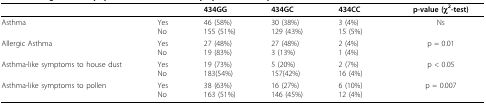
<table><thead><tr><td></td><td></td><td><b>434GG</b></td><td><b>434GC</b></td><td><b>434CC</b></td><td><b>p-value (χ<sup>2</sup>-test)</b></td></tr></thead><tbody><tr><td>Asthma</td><td>YesNo</td><td>46 (58%)155 (51%)</td><td>30 (38%)129 (43%)</td><td>3 (4%)15 (5%)</td><td>Ns</td></tr><tr><td>Allergic Asthma</td><td>YesNo</td><td>27 (48%)19 (83%)</td><td>27 (48%)3 (13%)</td><td>2 (4%)1 (4%)</td><td>p = 0.01</td></tr><tr><td>Asthma-like symptoms to house dust</td><td>YesNo</td><td>19 (73%)183(54%)</td><td>5 (20%)157(42%)</td><td>2 (7%)16 (4%)</td><td>p &lt; 0.05</td></tr><tr><td>Asthma-like symptoms to pollen</td><td>YesNo</td><td>38 (63%)163 (51%)</td><td>16 (27%)146 (45%)</td><td>6 (10%)12 (4%)</td><td>p = 0.007</td></tr></tbody></table>